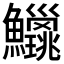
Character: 𫚅